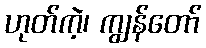
ဟုတ်ကဲ့၊ ကျွန်တော်